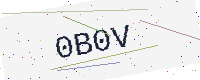
Text: 0B0V